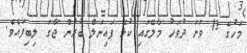
މަހުގެ 13 ވަނަ ދުވަހު މާލޭގައި ކުޅޭ ފައިނަލް ބުރުން ޖާގަ ލިބިފައެވެ.